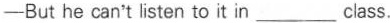
-But he can't listen to it in___class.